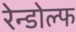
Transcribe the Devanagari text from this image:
रेन्डोल्फ